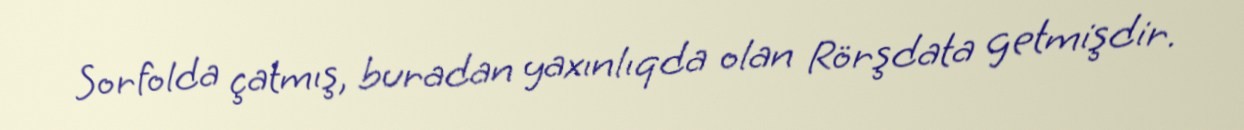
Sorfolda çatmış, buradan yaxınlıqda olan Rörşdata getmişdir.